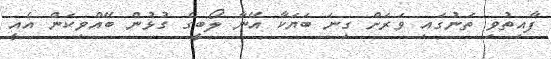
ފާއިތުވި ތަނުގައި ވަރަށް ގިނަ ބަޔަކާ އޭނާ ލޯބީގެ ގުޅުން ބޭއްވިކަން އެއީ